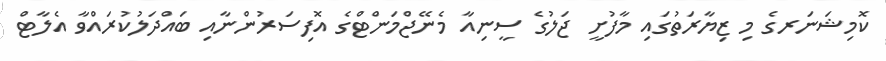
ކޮމިޝަނަރގެ މި ޒިޔާރަތުގައި މާފުށީ ޖަލުގެ ސީނިއާ މެނޭޖްމަންޓްގެ އޮފިސަރުންނާއި ބައްދަލުކުރައްވާ އެލާޓް